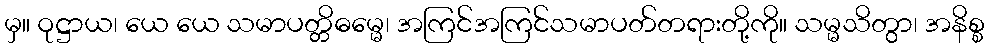
မှ။ ဝုဋ္ဌာယ၊ ယေ ယေ သမာပတ္တိဓမ္မေ၊ အကြင်အကြင်သမာပတ်တရားတို့ကို။ သမ္မသိတွာ၊ အနိစ္စ